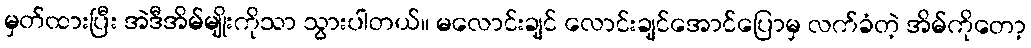
မှတ်ထားပြီး အဲဒီအိမ်မျိုးကိုသာ သွားပါတယ်။ မလောင်းချင် လောင်းချင်အောင်ပြောမှ လက်ခံတဲ့ အိမ်ကိုတော့